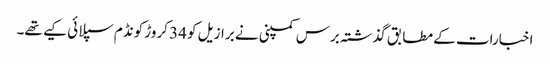
اخبارات کے مطابق گذشتہ برس کمپنی نے برازیل کو 34 کروڑ کونڈم سپلائی کیے تھے۔